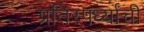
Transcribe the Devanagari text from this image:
प्रतिस्पर्ध्यांची